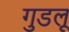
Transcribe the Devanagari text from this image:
गुडलू